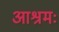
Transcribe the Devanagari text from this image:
आश्रमः